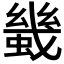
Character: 𧎶